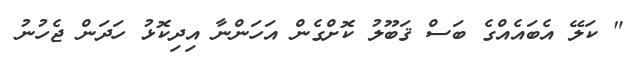
" ކަލޭ އެބައެއްގެ ބަސް ޤަބޫލު ކޮށްގެން އަހަންނާ އިދިކޮޅު ހަދަން ޖެހުނު